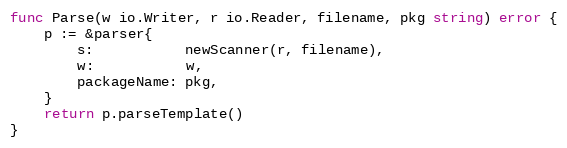
Language: Go
func Parse(w io.Writer, r io.Reader, filename, pkg string) error {
	p := &parser{
		s:           newScanner(r, filename),
		w:           w,
		packageName: pkg,
	}
	return p.parseTemplate()
}